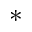
^ *